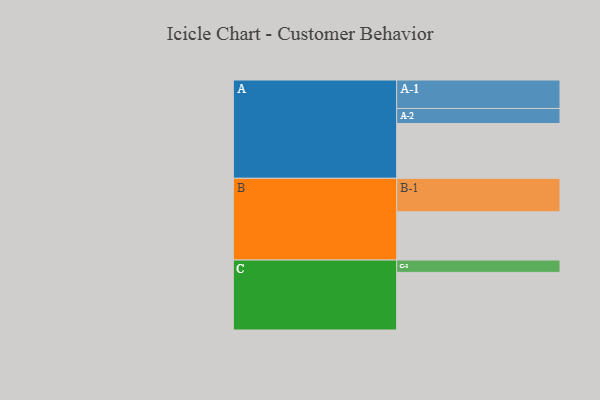
{"axis": {"x": "Segment", "y": "Value"}, "legend": ["", "A", "B", "C"], "data": [{"x": "A", "y": 479, "type": ""}, {"x": "B", "y": 422, "type": ""}, {"x": "C", "y": 504, "type": ""}, {"x": "A-1", "y": 249, "type": "A"}, {"x": "A-2", "y": 132, "type": "A"}, {"x": "B-1", "y": 293, "type": "B"}, {"x": "C-1", "y": 108, "type": "C"}]}